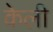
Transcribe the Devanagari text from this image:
केली